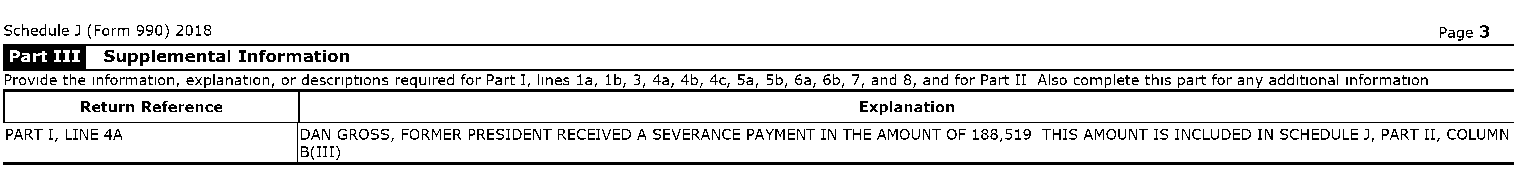
Schedule J (Form 990) 2018                                                                     Page 3
 'Wlfll
 Supplemental Information
 Provide the information, explanation, or descriptions required for Part I, lines la, lb, 3, 4a, 4b, 4c, 5a, 5b, 6a, 6b, 7, and 8, and for Part II Also complete this part for any additional information
 Return Reference                                    Explanation
 PART I, LINE 4A     DAN GROSS, FORMER PRESIDENT RECEIVED A SEVERANCE PAYMENT IN THE AMOUNT OF 188,519 THIS AMOUNT IS INCLUDED IN SCHEDULE J, PART II, COLUMN
 B(III)